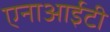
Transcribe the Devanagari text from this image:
एनाआईटी